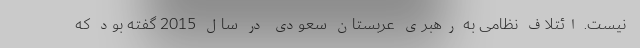
نیست. ائتلاف نظامی به رهبری عربستان سعودی در سال 2015 گفته بود که